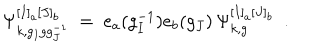
\Psi _ { k , g _ { I } g g _ { J } ^ { - 1 } } ^ { [ I ] _ { a } [ J ] _ { b } } \ = \ e _ { a } ( g _ { I } ^ { - 1 } ) e _ { b } ( g _ { J } ) \, \Psi _ { k , g } ^ { [ I ] _ { a } [ J ] _ { b } } \ \ .